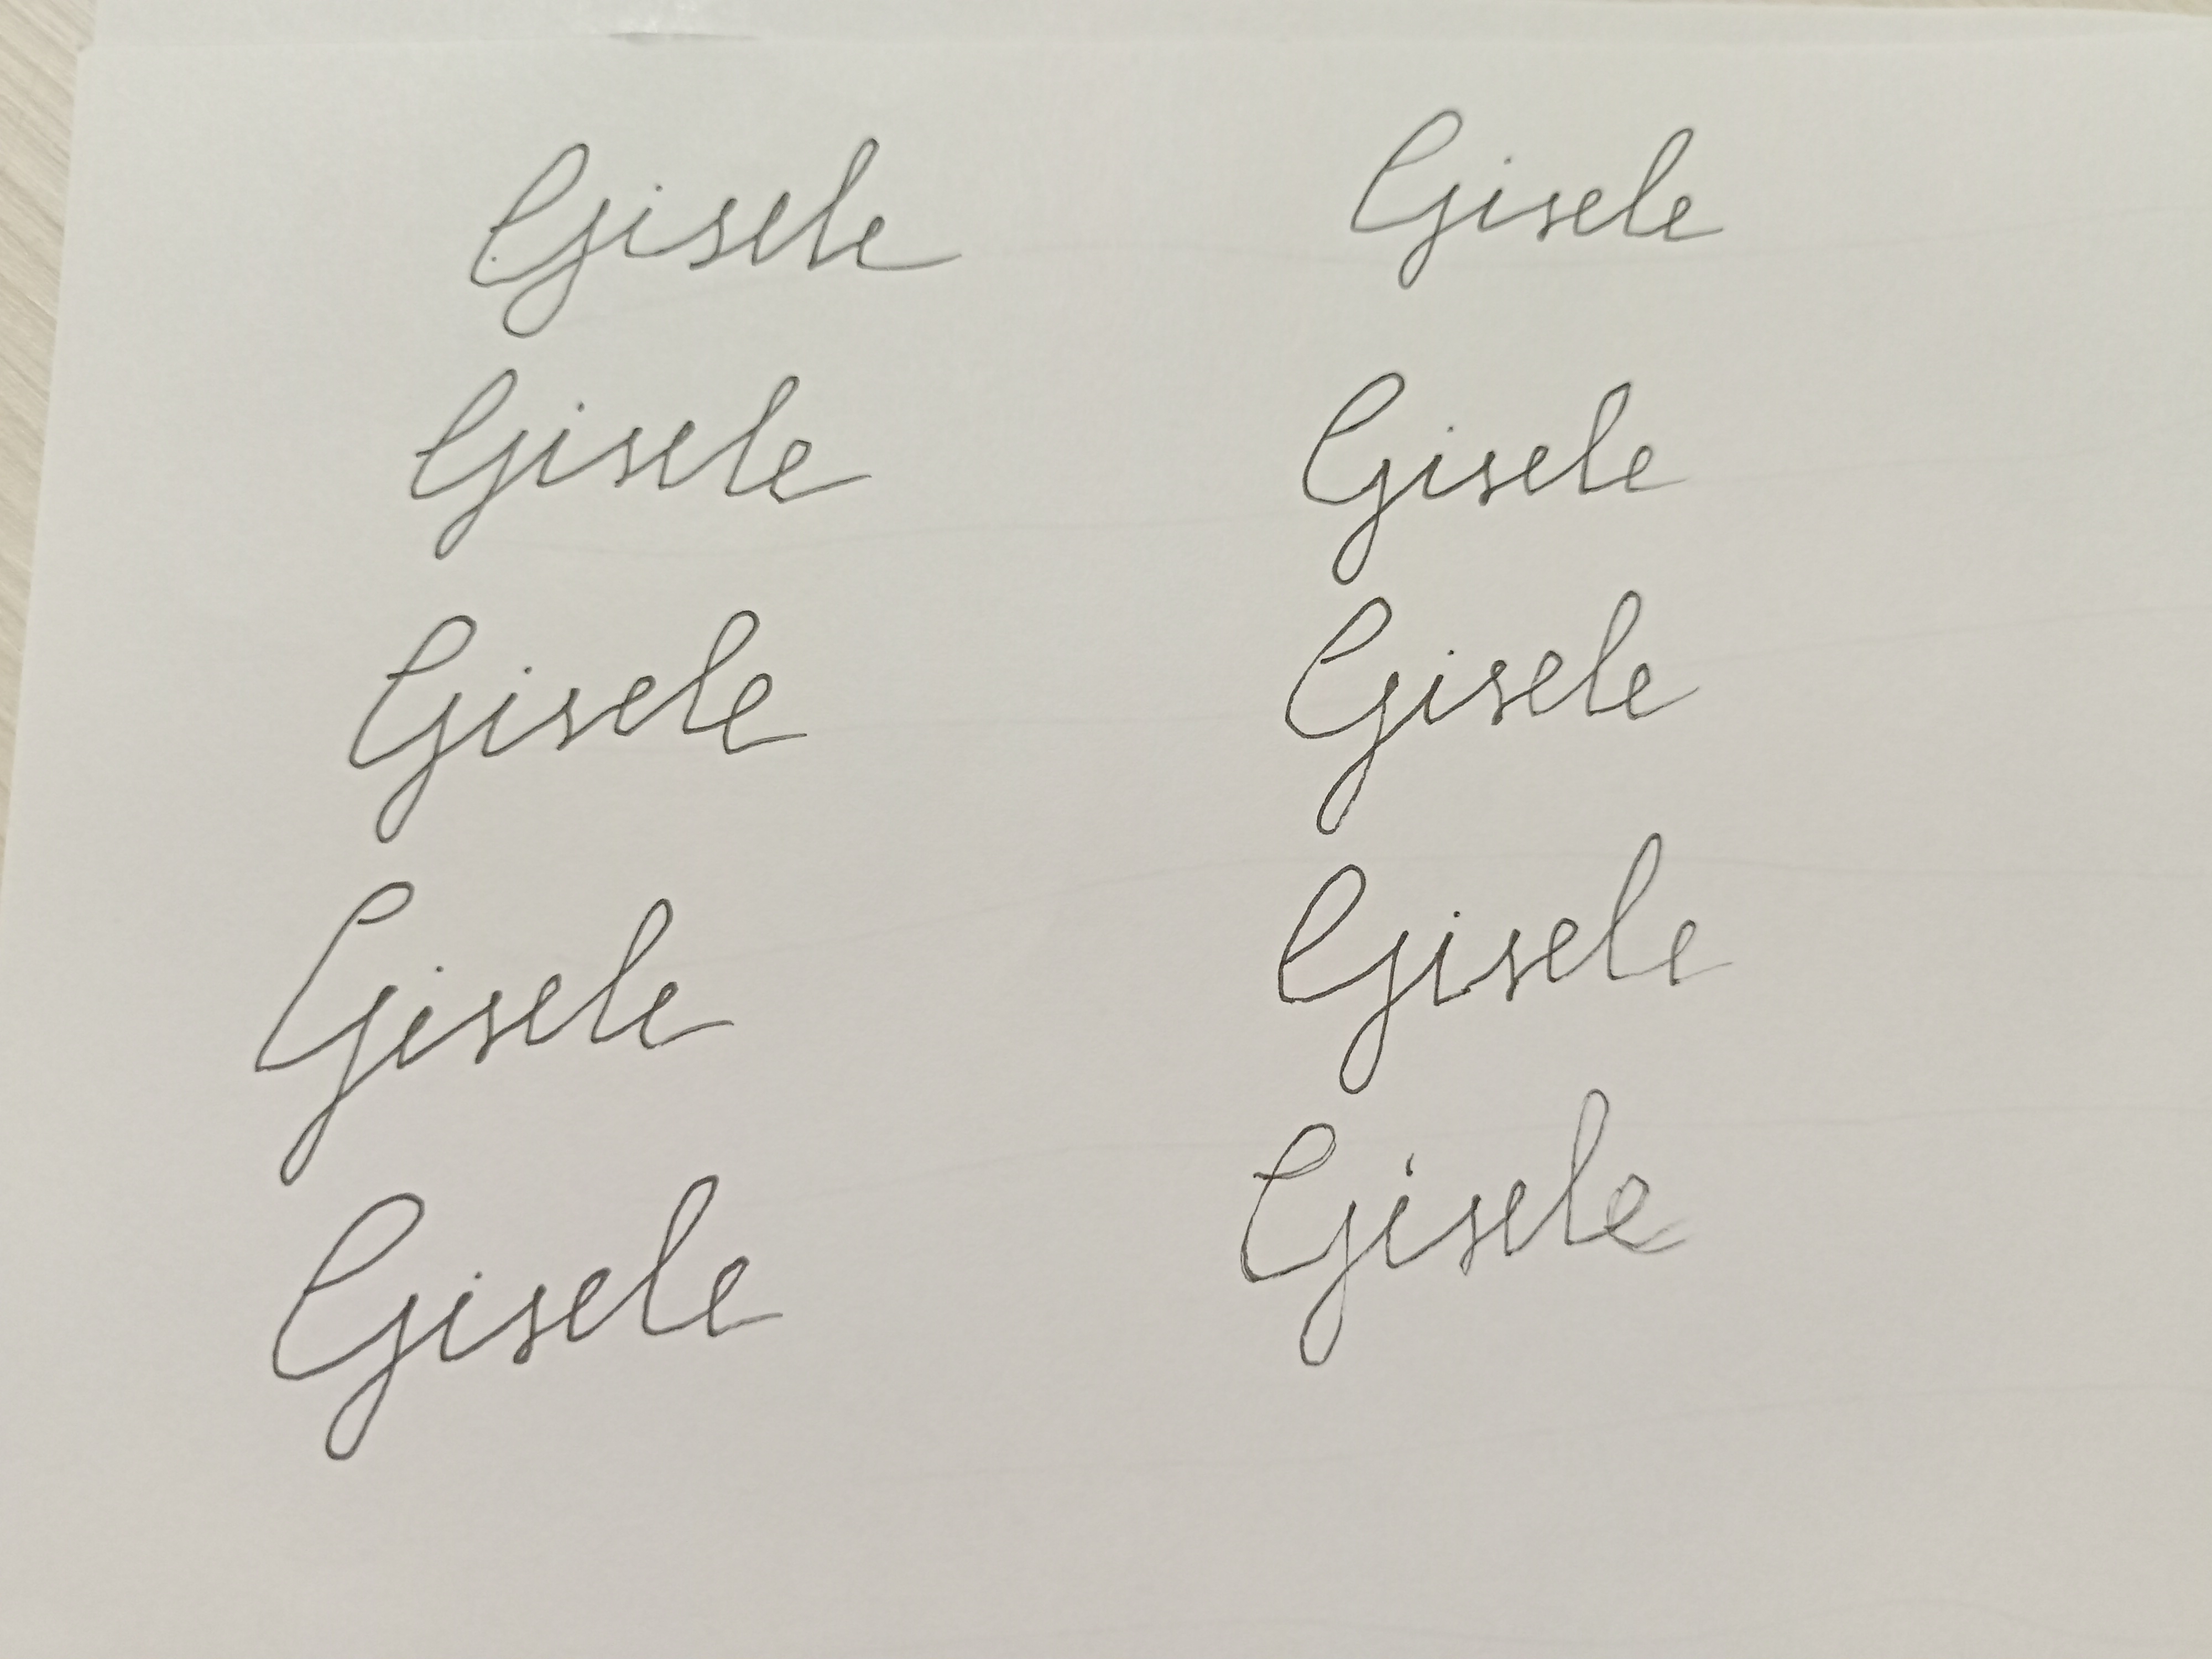
Signature authenticity: forged